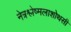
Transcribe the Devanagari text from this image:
नेत्रश्लेष्मलाशोथसी